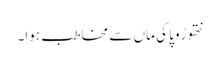
نتھو رُوپا کی ماں سے مخاطب ہوا۔